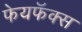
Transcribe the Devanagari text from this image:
फेयफॅक्स